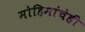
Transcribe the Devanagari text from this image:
मोहिमांचेही